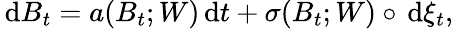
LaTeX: \, \mathrm{d}B_{t}=a(B_{t};W)\, \mathrm{d}t+\sigma(B_{t};W)\circ\, \mathrm{d}\xi_{t},